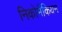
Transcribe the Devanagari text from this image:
निकोमैकियन